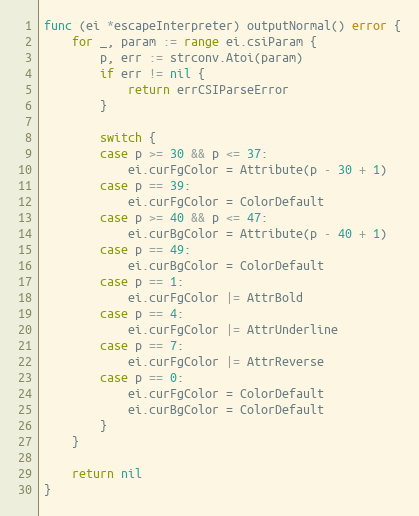
Language: Go
func (ei *escapeInterpreter) outputNormal() error {
	for _, param := range ei.csiParam {
		p, err := strconv.Atoi(param)
		if err != nil {
			return errCSIParseError
		}

		switch {
		case p >= 30 && p <= 37:
			ei.curFgColor = Attribute(p - 30 + 1)
		case p == 39:
			ei.curFgColor = ColorDefault
		case p >= 40 && p <= 47:
			ei.curBgColor = Attribute(p - 40 + 1)
		case p == 49:
			ei.curBgColor = ColorDefault
		case p == 1:
			ei.curFgColor |= AttrBold
		case p == 4:
			ei.curFgColor |= AttrUnderline
		case p == 7:
			ei.curFgColor |= AttrReverse
		case p == 0:
			ei.curFgColor = ColorDefault
			ei.curBgColor = ColorDefault
		}
	}

	return nil
}